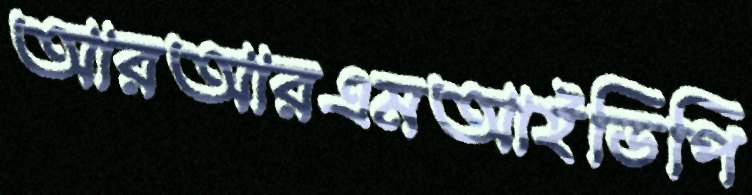
আরআরএমআইডিপি